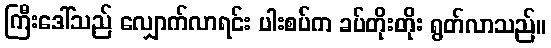
ကြီးဒေါ်သည် လျှောက်လာရင်း ပါးစပ်က ခပ်တိုးတိုး ရွတ်လာသည်။